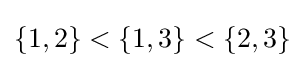
\{1,2\}<\{1,3\}<\{2,3\}